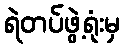
ရဲတပ်ဖွဲ့ရုံးမှ